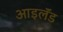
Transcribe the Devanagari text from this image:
आइलॅंड